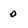
Character: 0